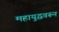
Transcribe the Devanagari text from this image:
महायुद्धवरून